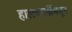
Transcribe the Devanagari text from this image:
हालचालींमधून